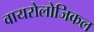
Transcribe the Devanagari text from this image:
वायरोलोजिकल